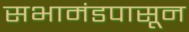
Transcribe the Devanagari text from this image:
सभामंडपासून